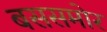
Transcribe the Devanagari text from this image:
बससमोर